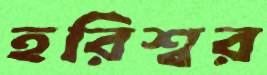
হরিশ্বর